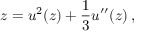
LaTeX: z = u ^ { 2 } ( z ) + { \frac { 1 } { 3 } } u ^ { \prime \prime } ( z ) \, ,